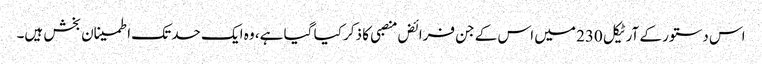
اس دستور کے آرٹیکل 230 میں اس کے جن فرائض منصبی کا ذکر کیا گیا ہے، وہ ایک حد تک اطمینان بخش ہیں۔